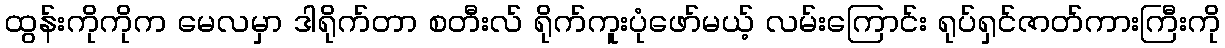
ထွန်းကိုကိုက မေလမှာ ဒါရိုက်တာ စတီးလ် ရိုက်ကူးပုံဖော်မယ့် လမ်းကြောင်း ရုပ်ရှင်ဇာတ်ကားကြီးကို